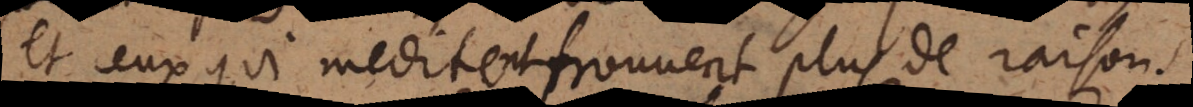
et ceux qui meditent trouvent plus de raison